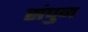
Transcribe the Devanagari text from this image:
संपुन